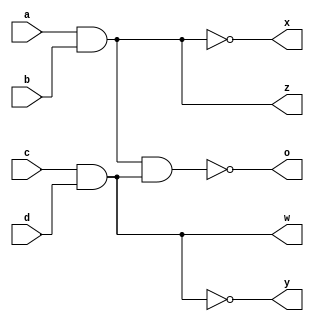
module nandim(a,b,c,d,x,y,z,w,o);
  input a,b,c,d;
  output x,y,z,w,o;
  nand g1(x,a,b);
  nand g2(y,c,d);
  nand g3(z,x,x);
  nand g4(w,y,y);
  nand g5(o,z,w);
endmodule